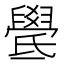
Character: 𣱓